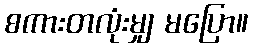
စကားတလုံးမျှ မပြော။